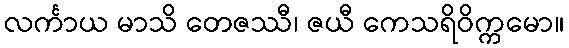
လင်္ကာယ မာသိ တေဇဿီ၊ ဇယီ ကေသရိဝိက္ကမော။